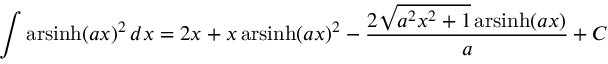
\int \operatorname { a r s i n h } ( a x ) ^ { 2 } \, d x = 2 x + x \operatorname { a r s i n h } ( a x ) ^ { 2 } - { \frac { 2 { \sqrt { a ^ { 2 } x ^ { 2 } + 1 } } \operatorname { a r s i n h } ( a x ) } { a } } + C